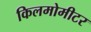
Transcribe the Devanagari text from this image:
किलमोमीटर